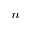
_ n